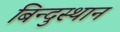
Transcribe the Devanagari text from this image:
बिन्दुस्थान